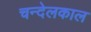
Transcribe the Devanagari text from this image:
चन्देलकाल